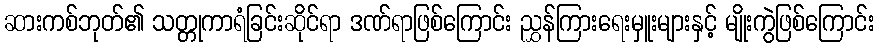
ဆားကစ်ဘုတ်၏ သတ္တုကာရံခြင်းဆိုင်ရာ ဒဏ်ရာဖြစ်ကြောင်း ညွှန်ကြားရေးမှူးများနှင့် မျိုးကွဲဖြစ်ကြောင်း